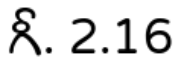
గీ. 2.16